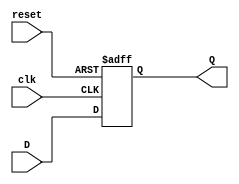
// Verilog Code for D Flip Flop
module D_Flip_Flop(D, reset, clk, Q);
  input D, reset, clk; 
  output reg Q;         
  
  always @(posedge clk,posedge reset) 
  begin
    if(reset)  
       Q=0;         
    else
      Q=D;          
  end
endmodule